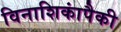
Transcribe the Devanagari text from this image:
विनाशिकांपैकी